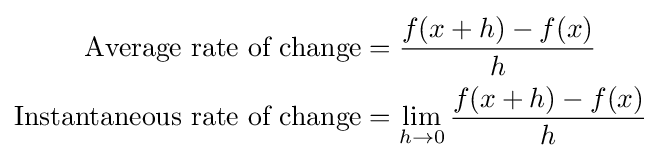
{\begin{aligned}{\mbox{Average rate of change}}&={\frac {f(x+h)-f(x)}{h}}\\{\mbox{Instantaneous rate of change}}&=\lim _{h\to 0}{\frac {f(x+h)-f(x)}{h}}\end{aligned}}